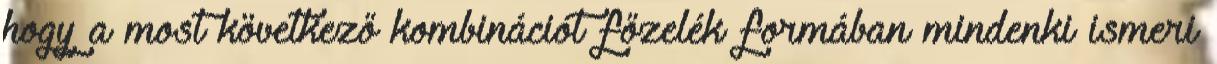
hogy a most következő kombinációt főzelék formában mindenki ismeri